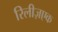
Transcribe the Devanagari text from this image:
रिलीज़एक